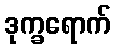
ဒုက္ခရောက်